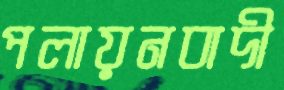
পলায়নবাদী